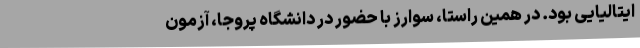
ایتالیایی بود. در همین راستا، سوارز با حضور در دانشگاه پروجا، آزمون